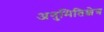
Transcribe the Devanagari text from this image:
अनुमितिक्षेत्र